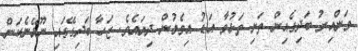
ވަންއިރު ބަދިގެއިން ތަށި ތަޅުވާ އަޑު އިވެމުން ދިޔައެވެ. ޒަހާ ބަދިގޭގައި ނޫޅޭނެކަން